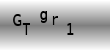
Text: GTgr1